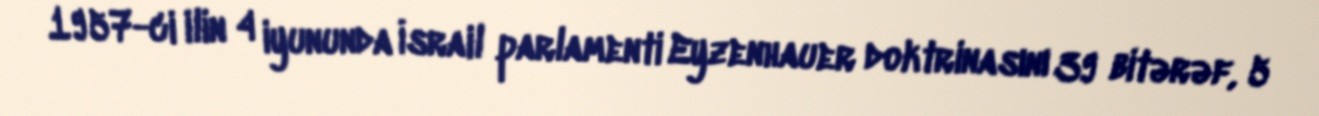
1957-ci ilin 4 iyununda İsrail parlamenti Eyzenhauer doktrinasını 39 bitərəf, 5